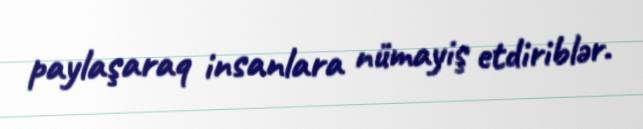
paylaşaraq insanlara nümayiş etdiriblər.